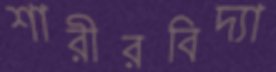
শারীরবিদ্যা